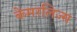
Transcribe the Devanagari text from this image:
केमरलिज्म